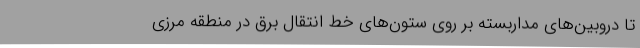
تا دروبین‌های مداربسته بر روی ستون‌های خط انتقال برق در منطقه مرزی